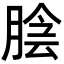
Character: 𦜲